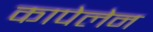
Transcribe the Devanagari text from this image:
कापेलेन